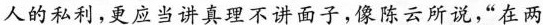
人的私利，更应当讲真理不讲面子，像陈云所说，“在两